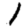
Digit: 1